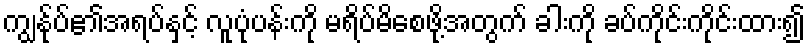
ကျွန်ုပ်၏အရပ်နှင့် လူပုံပန်းကို မရိပ်မိစေဖို့အတွက် ခါးကို ခပ်ကိုင်းကိုင်းထား၍